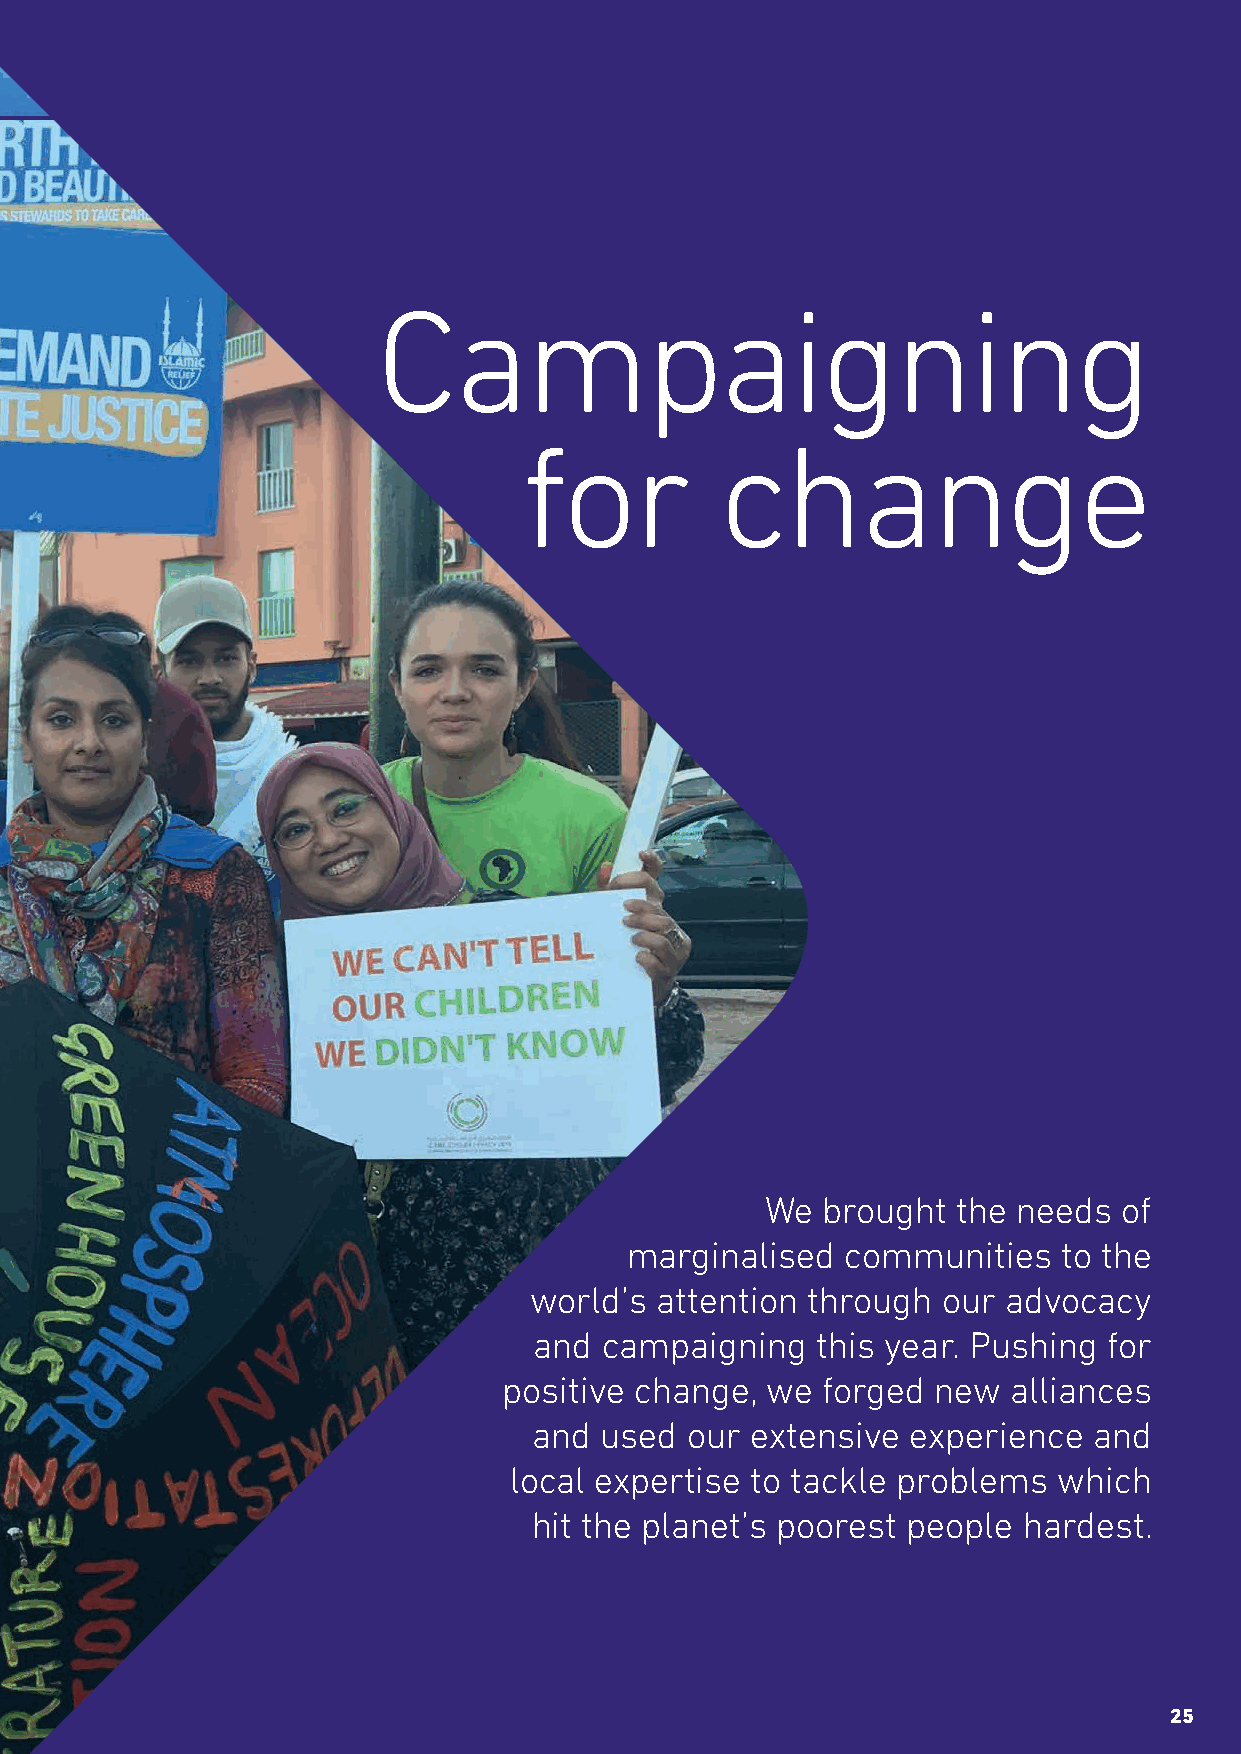
Campaigning
 for          change
 We brought  the needs  of
 marginalised   communities   to the
 world’s attention through  our advocacy
 and  campaigning   this year. Pushing for
 positive change,  we forged  new  alliances
 and  used our  extensive experience  and
 local expertise to tackle problems  which
 hit the planet’s poorest people  hardest.
 25